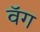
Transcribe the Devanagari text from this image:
वॅग